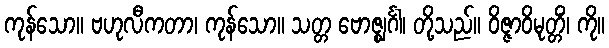
ကုန်သော။ ဗဟုလီကတာ၊ ကုန်သော။ သတ္တ ဗောဇ္ဈင်္ဂါ၊ တို့သည်။ ဝိဇ္ဇာဝိမုတ္တိံ၊ ကို။